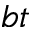
b t